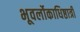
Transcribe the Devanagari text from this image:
भूवर्लोकाधिष्ठात्रीं